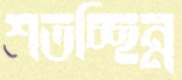
শতচ্ছিন্ন